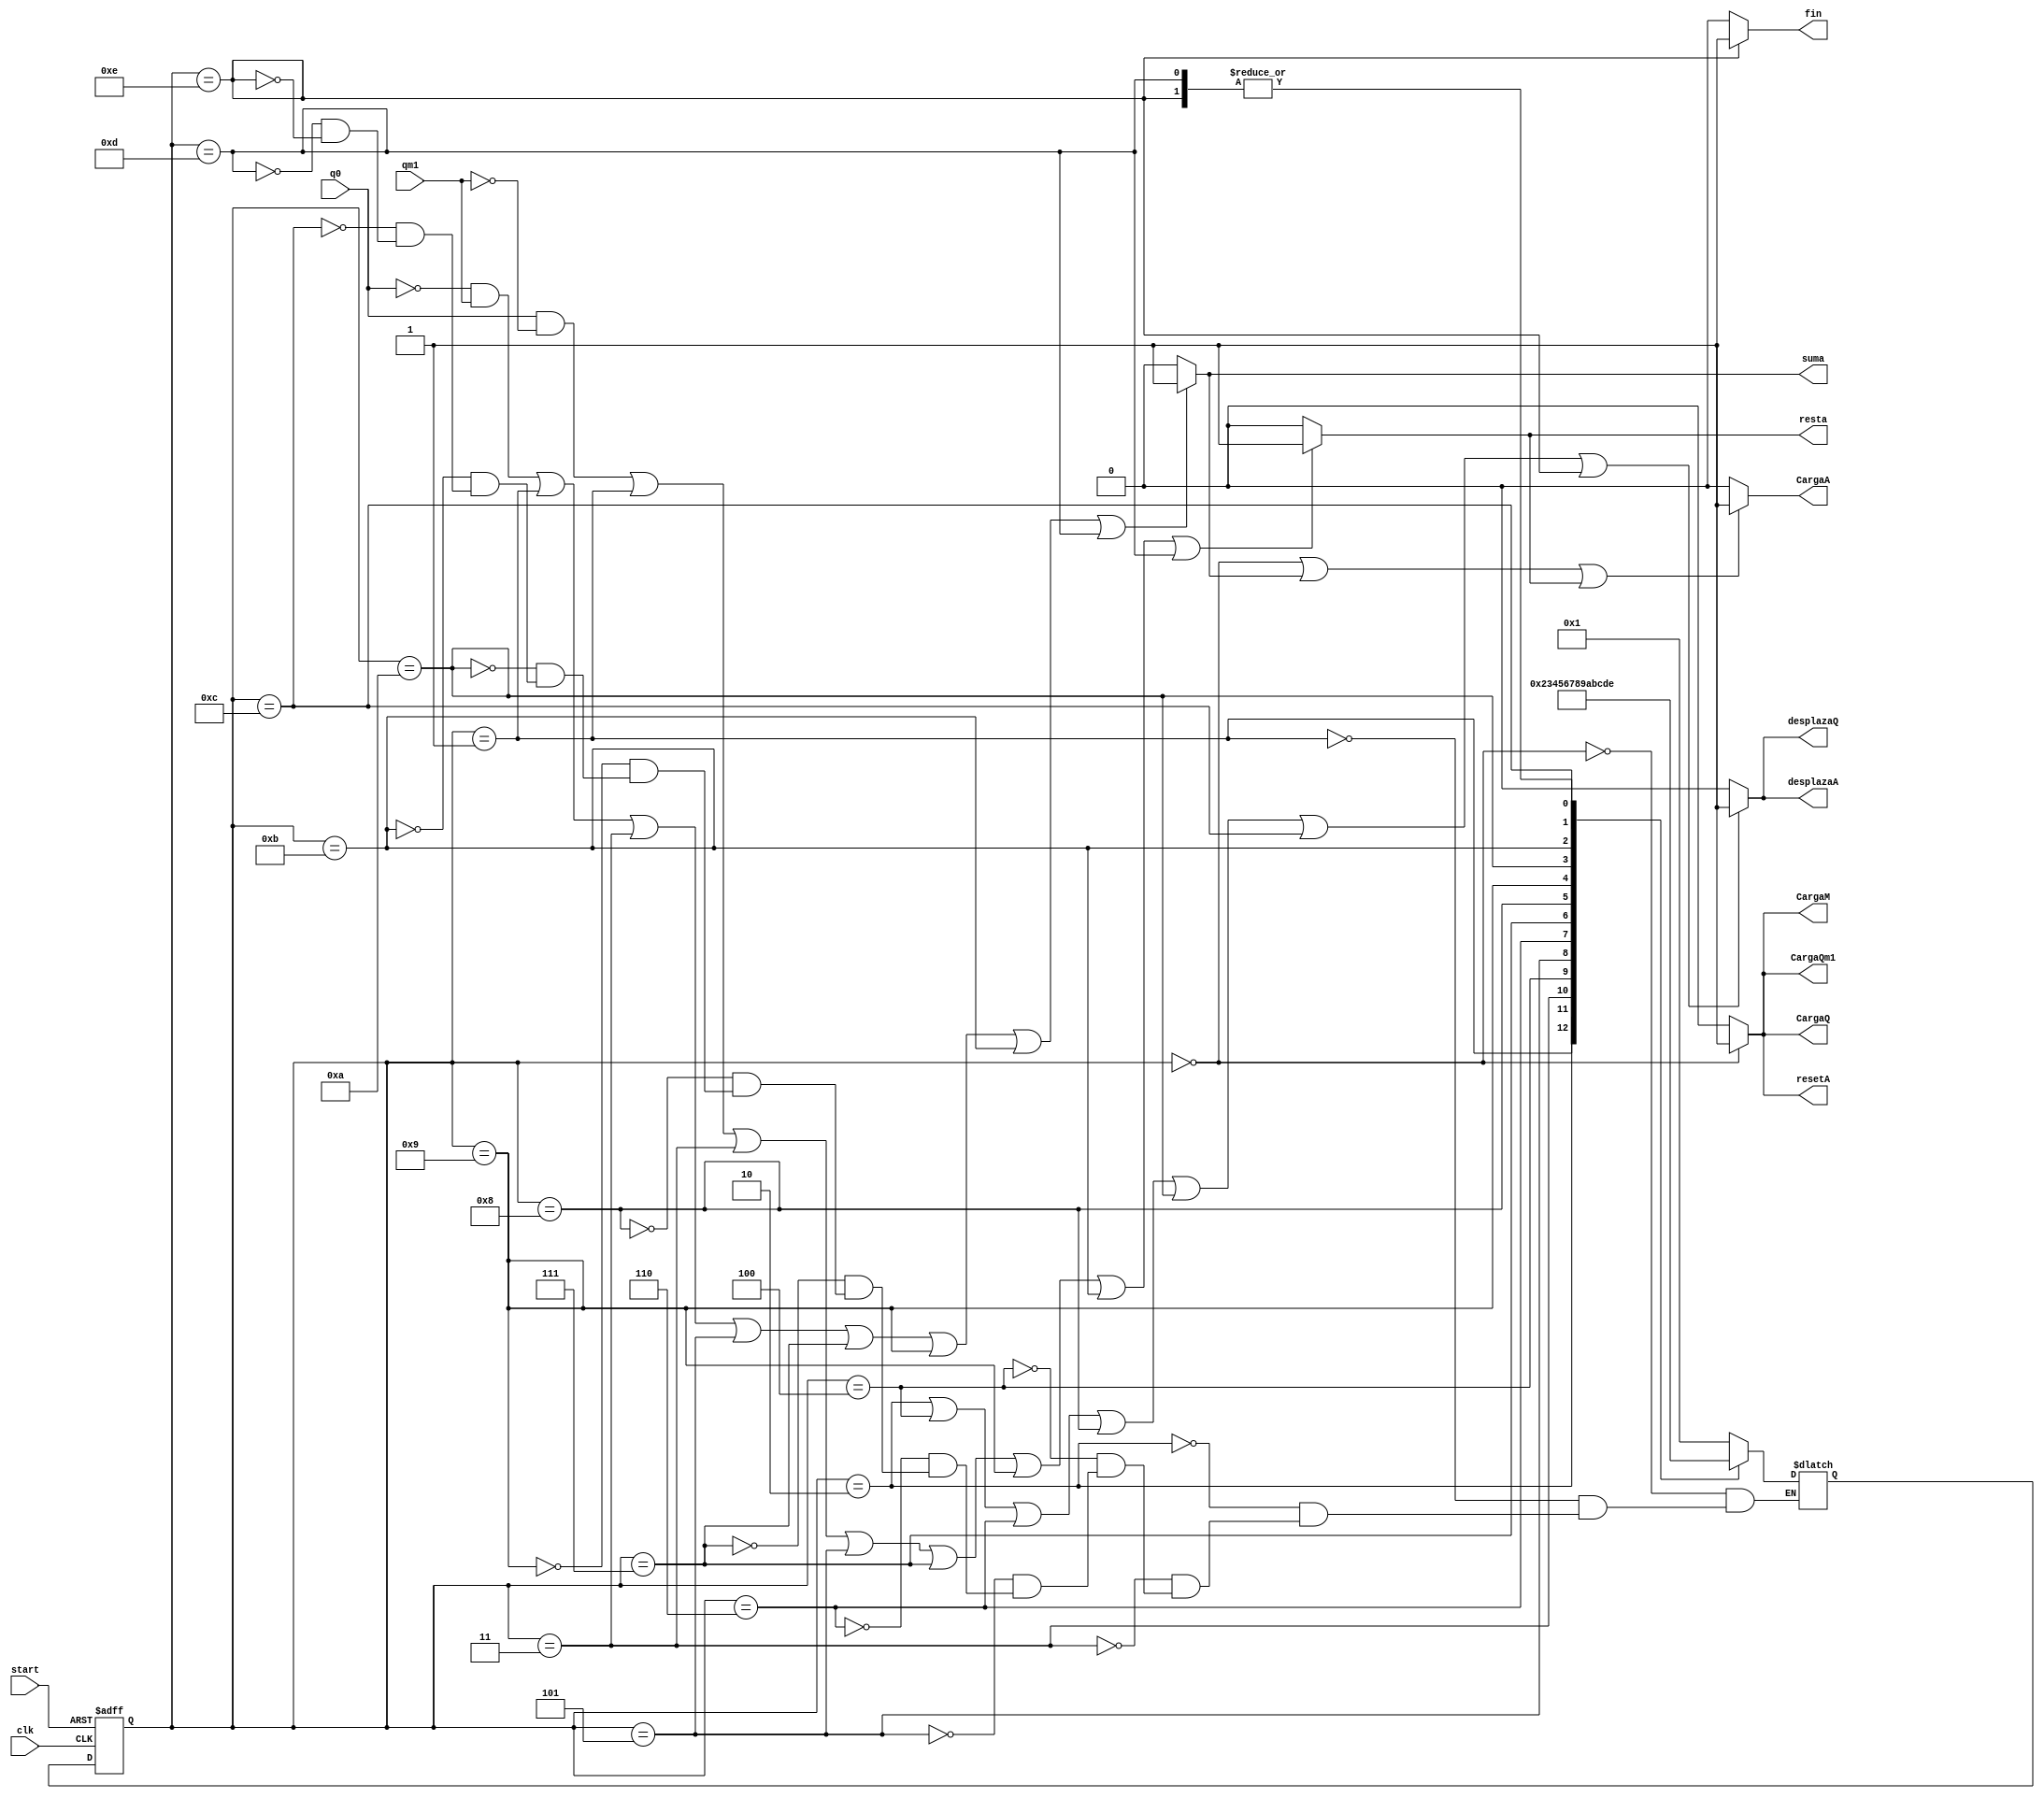
module uc(input wire clk, start, q0, qm1, output wire CargaQ, CargaA, CargaM, CargaQm1 ,suma, resta, desplazaA, desplazaQ, resetA, fin);

reg [3:0] state, nextstate;

//Codificacin de estados

parameter S0 =  4'b0000;
parameter S1 =  4'b0001;
parameter S2 =  4'b0010;
parameter S3 =  4'b0011;
parameter S4 =  4'b0100;
parameter S5 =  4'b0101;
parameter S6 =  4'b0110;
parameter S7 =  4'b0111;
parameter S8 =  4'b1000;
parameter S9 =  4'b1001;
parameter S10 = 4'b1010;
parameter S11 = 4'b1011;
parameter S12 = 4'b1100;
parameter S13 = 4'b1101;
parameter S14 = 4'b1110;


always @ (posedge clk, posedge start)
    if(start)
        state <= S0;
    else
        state <= nextstate;


always @(*)
    case(state)
        S0: nextstate = S1;
        S1: nextstate = S2;
        S2: nextstate = S3;
        S3: nextstate = S4;
        S4: nextstate = S5;
        S5: nextstate = S6;
        S6: nextstate = S7;
        S7: nextstate = S8;
        S8: nextstate = S9;
        S9: nextstate = S10;
        S10: nextstate = S11;
        S11: nextstate = S12;
        S12: nextstate = S13;
        S13: nextstate = S14;
        S14: nextstate = S14;
        //default: nextstate = S0;
    endcase

//Funcion de Salida

assign CargaQ = (state == S0)? 1:0; 
assign CargaM = (state == S0)? 1:0;
assign CargaA = ((state == S0) | suma | resta)? 1:0;
assign resetA = (state == S0)? 1:0;
assign CargaQm1 = (state == S0)? 1:0;
assign suma = (((q0==0)&(qm1==1))|(state == S1)|(state == S3)|(state == S5)|(state == S7)|(state == S9)|(state == S11)|(state == S13))? 1:0;
assign resta = (((q0==1)&(qm1==0))|(state == S1)|(state == S3)|(state == S5)|(state == S7)|(state == S9)|(state == S11)|(state == S13))? 1:0;
assign desplazaA = ((state == S2)|(state == S4)|(state == S6)|(state == S8)|(state == S10)|(state == S12)|(state == S14))? 1:0;
assign desplazaQ = ((state == S2)|(state == S4)|(state == S6)|(state == S8)|(state == S10)|(state == S12)|(state == S14))? 1:0;
assign fin = (state == S14)? 1:0;





endmodule